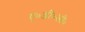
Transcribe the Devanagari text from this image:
ए०डी०सी०